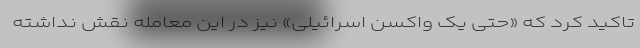
تاکید کرد که «حتی یک واکسن اسرائیلی» نیز در این معامله نقش نداشته